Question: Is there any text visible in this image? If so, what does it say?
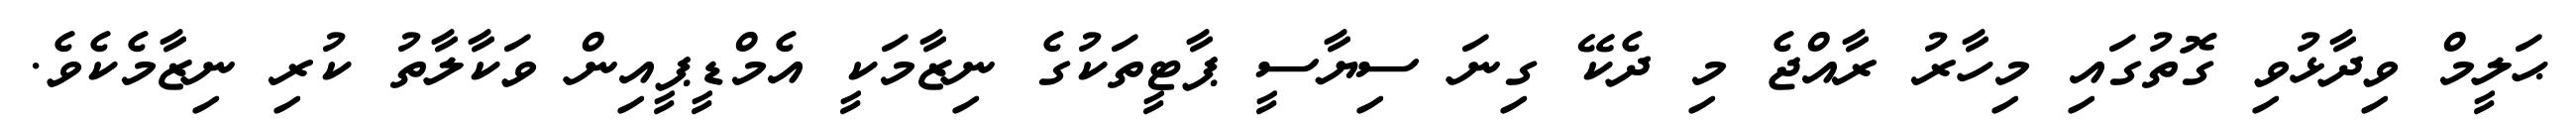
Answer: ޙަލީމް ވިދާޅުވި ގޮތުގައި މިހާރު ރާއްޖެ މި ދެކޭ ގިނަ ސިޔާސީ ޕާޓީތަކުގެ ނިޒާމަކީ އެމްޑީޕީއިން ވަކާލާތު ކުރި ނިޒާމެކެވެ.